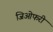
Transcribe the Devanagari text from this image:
जिओफरी